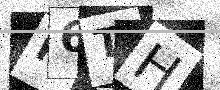
Text: P6TH